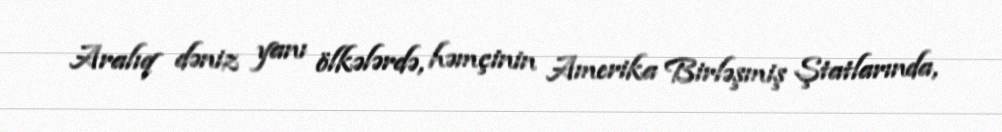
Aralıq dəniz yanı ölkələrdə, həmçinin Amerika Birləşmiş Ştatlarında,